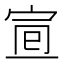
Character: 𡨈